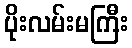
ပိုးလမ်းမကြီး